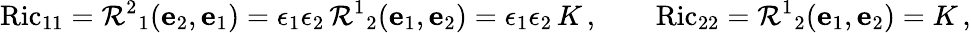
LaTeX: \operatorname{Ric}_{11}=\mathcal{R}^{2}{}_{1}(\mathbf{e}_{2},\mathbf{e}_{1})=\epsilon_{1}\epsilon_{2}\, \mathcal{R}^{1}{}_{2}(\mathbf{e}_{1},\mathbf{e}_{2})=\epsilon_{1}\epsilon_{2}\, K\, ,\qquad\operatorname{Ric}_{22}=\mathcal{R}^{1}{}_{2}(\mathbf{e}_{1},\mathbf{e}_{2})=K\, ,